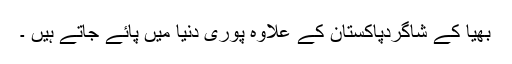
بھیا کے شاگردپاکستان کے علاوہ پوری دنیا میں پائے جاتے ہیں ۔